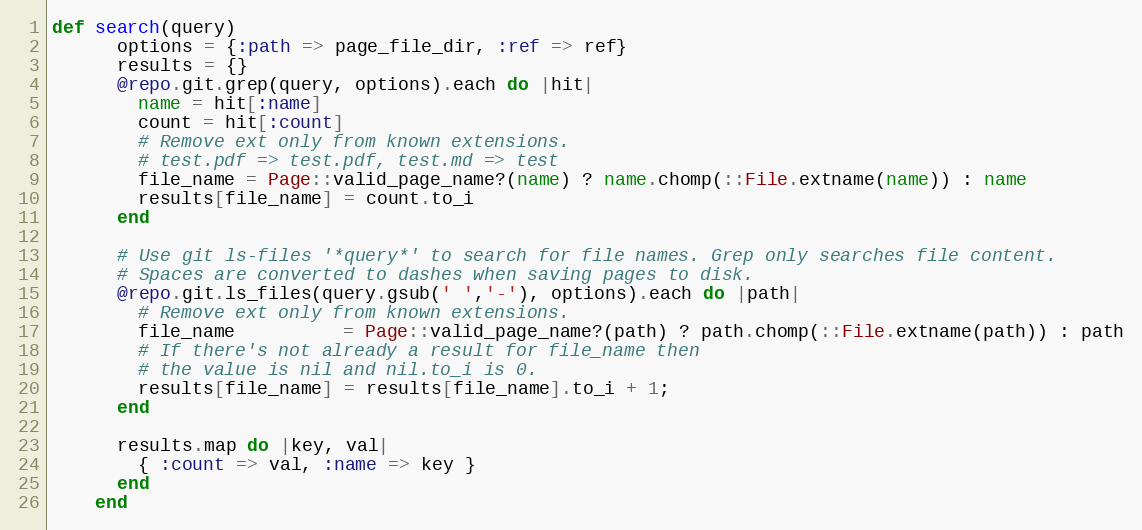
Language: Ruby
def search(query)
      options = {:path => page_file_dir, :ref => ref}
      results = {}
      @repo.git.grep(query, options).each do |hit|
        name = hit[:name]
        count = hit[:count]
        # Remove ext only from known extensions.
        # test.pdf => test.pdf, test.md => test
        file_name = Page::valid_page_name?(name) ? name.chomp(::File.extname(name)) : name
        results[file_name] = count.to_i
      end

      # Use git ls-files '*query*' to search for file names. Grep only searches file content.
      # Spaces are converted to dashes when saving pages to disk.
      @repo.git.ls_files(query.gsub(' ','-'), options).each do |path|
        # Remove ext only from known extensions.
        file_name          = Page::valid_page_name?(path) ? path.chomp(::File.extname(path)) : path
        # If there's not already a result for file_name then
        # the value is nil and nil.to_i is 0.
        results[file_name] = results[file_name].to_i + 1;
      end

      results.map do |key, val|
        { :count => val, :name => key }
      end
    end